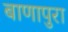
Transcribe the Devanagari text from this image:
बाणापुरा